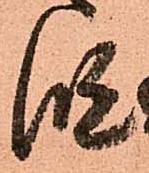
段